Indian journal of veterinary science and animal husbandry - Volume 2,
Year: 1932
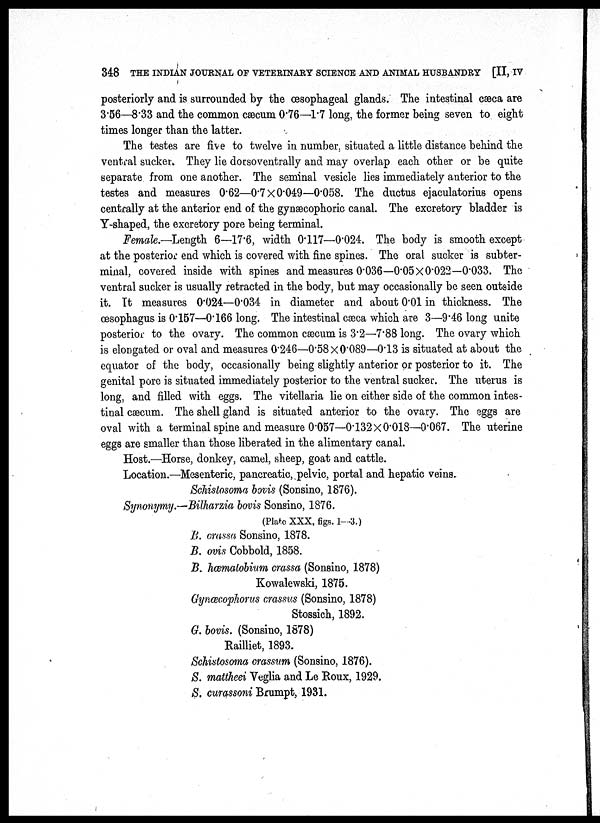
348 THE INDIAN JOURNAL OF VETERINARY SCIENCE AND ANIMAL HUSBANDRY [II, IV
posteriorly and is surrounded by the œsophageal glands. The intestinal cæca are
3.56—8.33 and the common cæcum 0.76—1.7 long, the former being seven to eight
times longer than the latter.
The testes are five to twelve in number, situated a little distance behind the
ventral sucker. They lie dorsoventrally and may overlap each other or be quite
separate from one another. The seminal vesicle lies immediately anterior to the
testes and measures 0.62—0.7 ×0.049—0.058. The ductus ejaculatorius opens
centrally at the anterior end of the gynæcophoric canal. The excretory bladder is
Y-shaped, the excretory pore being terminal.
Female.—Length. 6—17.6, width 0.117—0.024. The body is smooth except
at the posterior end which is covered with fine spines. The oral sucker is subter¬
minal, covered inside with spines and measures 0.036—0.05×0.022—0.033. The
ventral sucker is usually retracted in the body, but may occasionally be seen outside
it. It measures 0.024—0.034 in diameter and about 0.01 in thickness. The
œsophagus is 0.157—0.166 long. The intestinal cæca which are 3—9.46 long unite
posterior to the ovary. The common cæcum is 3.2—7.88 long. The ovary which
is elongated or oval and measures 0.246—0.58×0.089—0.13 is situated at about the
equator of the body, occasionally being slightly anterior or posterior to it. The
genital pore is situated immediately posterior to the ventral sucker. The uterus is
long, and filled with eggs. The vitellaria lie on either side of the common intes-
tinal cæcum. The shell gland is situated anterior to the ovary. The eggs are
oval with a terminal spine and measure 0.057—0.132×0.018—0.067. The uterine
eggs are smaller than those liberated in the alimentary canal.
Host.—Horse, donkey, camel, sheep, goat and cattle.
Location.—Mesenteric, pancreatic, pelvic, portal and hepatic veins.
Schistosoma bovis (Sonsino, 1876).
Synonymy.—Bilharzia bovis Sonsino, 1876.
(Plate XXX, figs. 1—3.)
B. crassa Sonsino, 1878.
B. ovis Cobbold, 1858.
B. hæmatobium crassa (Sonsino, 1878)
Kowalewski, 1875.
Gynæcophorus crassus (Sonsino, 1878)
Stossich, 1892.
G. bovis. (Sonsino, 1878)
Railliet, 1893.
Schistosoma crassum (Sonsino, 1876).
S. mattheei Veglia and Le Roux, 1929.
S. curassoni Brumpt, 1931.